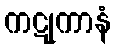
ကဋုကာနံ